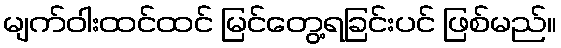
မျက်ဝါးထင်ထင် မြင်တွေ့ရခြင်းပင် ဖြစ်မည်။